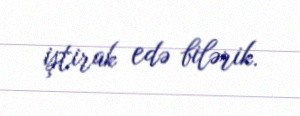
iştirak edə bilərik.